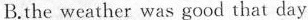
B.the weather was good that day